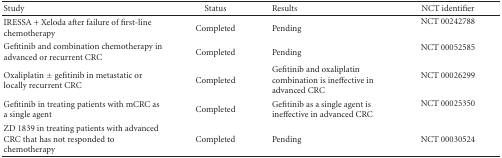
| Study | Status | Results | NCT identifier |
 | --- | --- | --- | --- |
 | IRESSA + Xeloda after failure of first-line chemotherapy | Completed | Pending | NCT 00242788 |
 | Gefitinib and combination chemotherapy in advanced or recurrent CRC | Completed | Pending | NCT 00052585 |
 | Oxaliplatin ± gefitinib in metastatic or locally recurrent CRC | Completed | Gefitinib and oxaliplatin combination is ineffective in advanced CRC | NCT 00026299 |
 | Gefitinib in treating patients with mCRC as a single agent | Completed | Gefitinib as a single agent is ineffective in advanced CRC | NCT 00025350 |
 | ZD 1839 in treating patients with advanced CRC that has not responded to chemotherapy | Completed | Pending | NCT 00030524 |